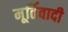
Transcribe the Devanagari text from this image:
मूर्तिवादी